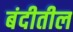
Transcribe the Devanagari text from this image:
बंदीतील